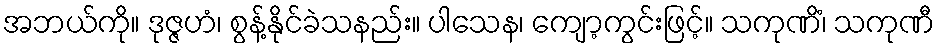
အဘယ်ကို။ ဒုဇ္ဇဟံ၊ စွန့်နိုင်ခဲသနည်း။ ပါသေန၊ ကျော့ကွင်းဖြင့်။ သကုဏိံ၊ သကုဏီ